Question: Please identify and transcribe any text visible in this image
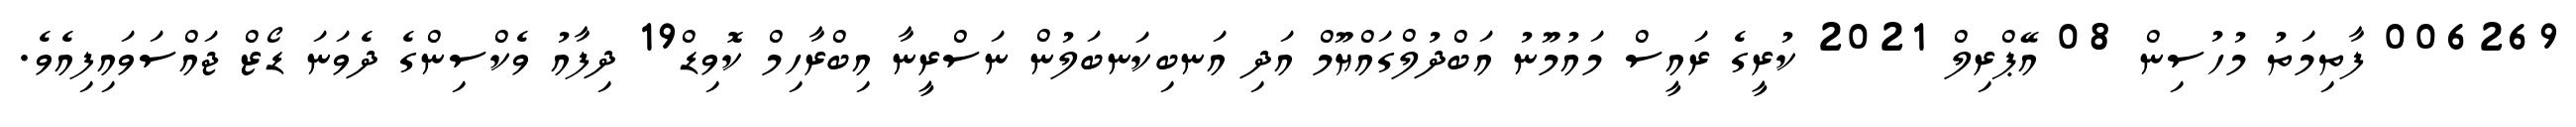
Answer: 006269 ފާތިމަތު މުހުސިން 08 އޭޕްރިލް 2021 ކުރީގެ ރައީސް މައުމޫނު އަބްދުލްގައްޔޫމް އަދި އަނބިކަނބަލުން ނަސްރީނާ އިބްރާހިމް ކޮވިޑް19 ދިފާއު ވެކްސިންގެ ދެވަނަ ޑޯޒް ޖައްސަވައިފިއެވެ.